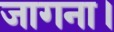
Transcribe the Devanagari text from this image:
जागना।